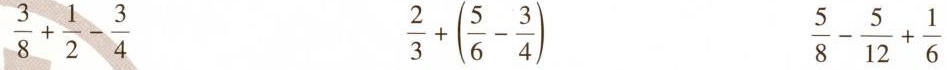
$$\frac { 3 } { 8 } + \frac { 1 } { 2 } - \frac { 3 } { 4 }$$ $$\frac { 2 } { 3 } + ( \frac { 5 } { 6 } - \frac { 3 } { 4 } )$$ $$\frac { 5 } { 8 } - \frac { 5 } { 1 2 } + \frac { 1 } { 6 }$$